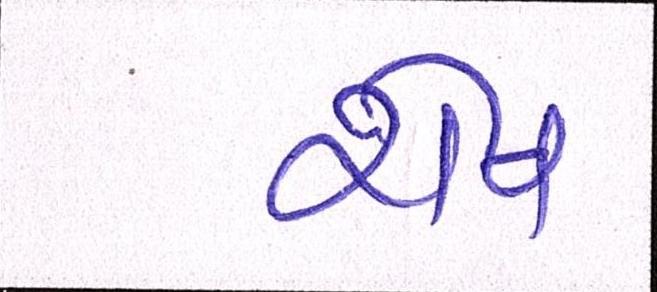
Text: રોષ